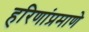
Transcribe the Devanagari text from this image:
हरिणांप्रमाणे